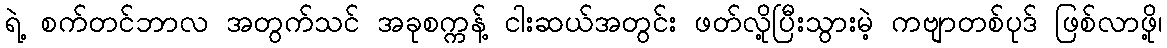
ရဲ့ စက်တင်ဘာလ အတွက်သင် အခုစက္ကန့် ငါးဆယ်အတွင်း ဖတ်လို့ပြီးသွားမဲ့ ကဗျာတစ်ပုဒ် ဖြစ်လာဖို့၊